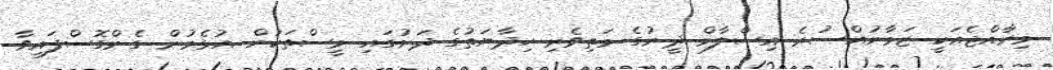
މިރާއްޖެއަކީ ޒަމާނުއްސުރެ އިސްލާމް ދީނުގެ މަތިވެރި ހިދާޔަތުގެ ދަށުގައި މީސްތަކުން އުޅެމުން ގެންގޮސްފައިވާ